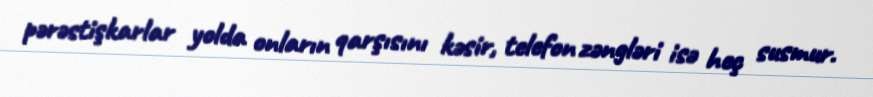
pərəstişkarlar yolda onların qarşısını kəsir, telefon zəngləri isə heç susmur.